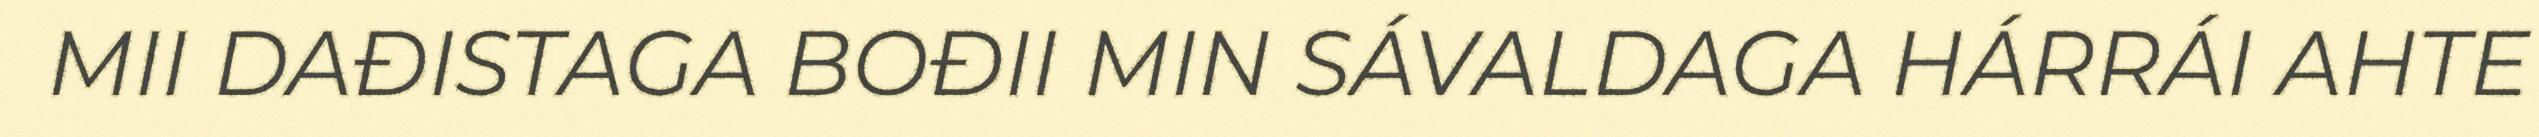
MII DAĐISTAGA BOĐII MIN SÁVALDAGA HÁRRÁI AHTE